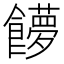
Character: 𩟞